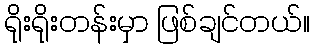
ရိုးရိုးတန်းမှာ ဖြစ်ချင်တယ်။